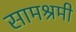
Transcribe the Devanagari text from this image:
सामश्रमी